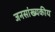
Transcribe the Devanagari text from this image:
जनसांख्यकीय